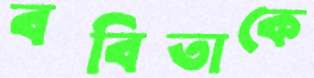
ববিতাকে